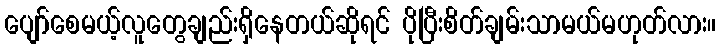
ပျော်စေမယ့်လူတွေချည်းရှိနေတယ်ဆိုရင် ပိုပြီးစိတ်ချမ်းသာမယ်မဟုတ်လား။